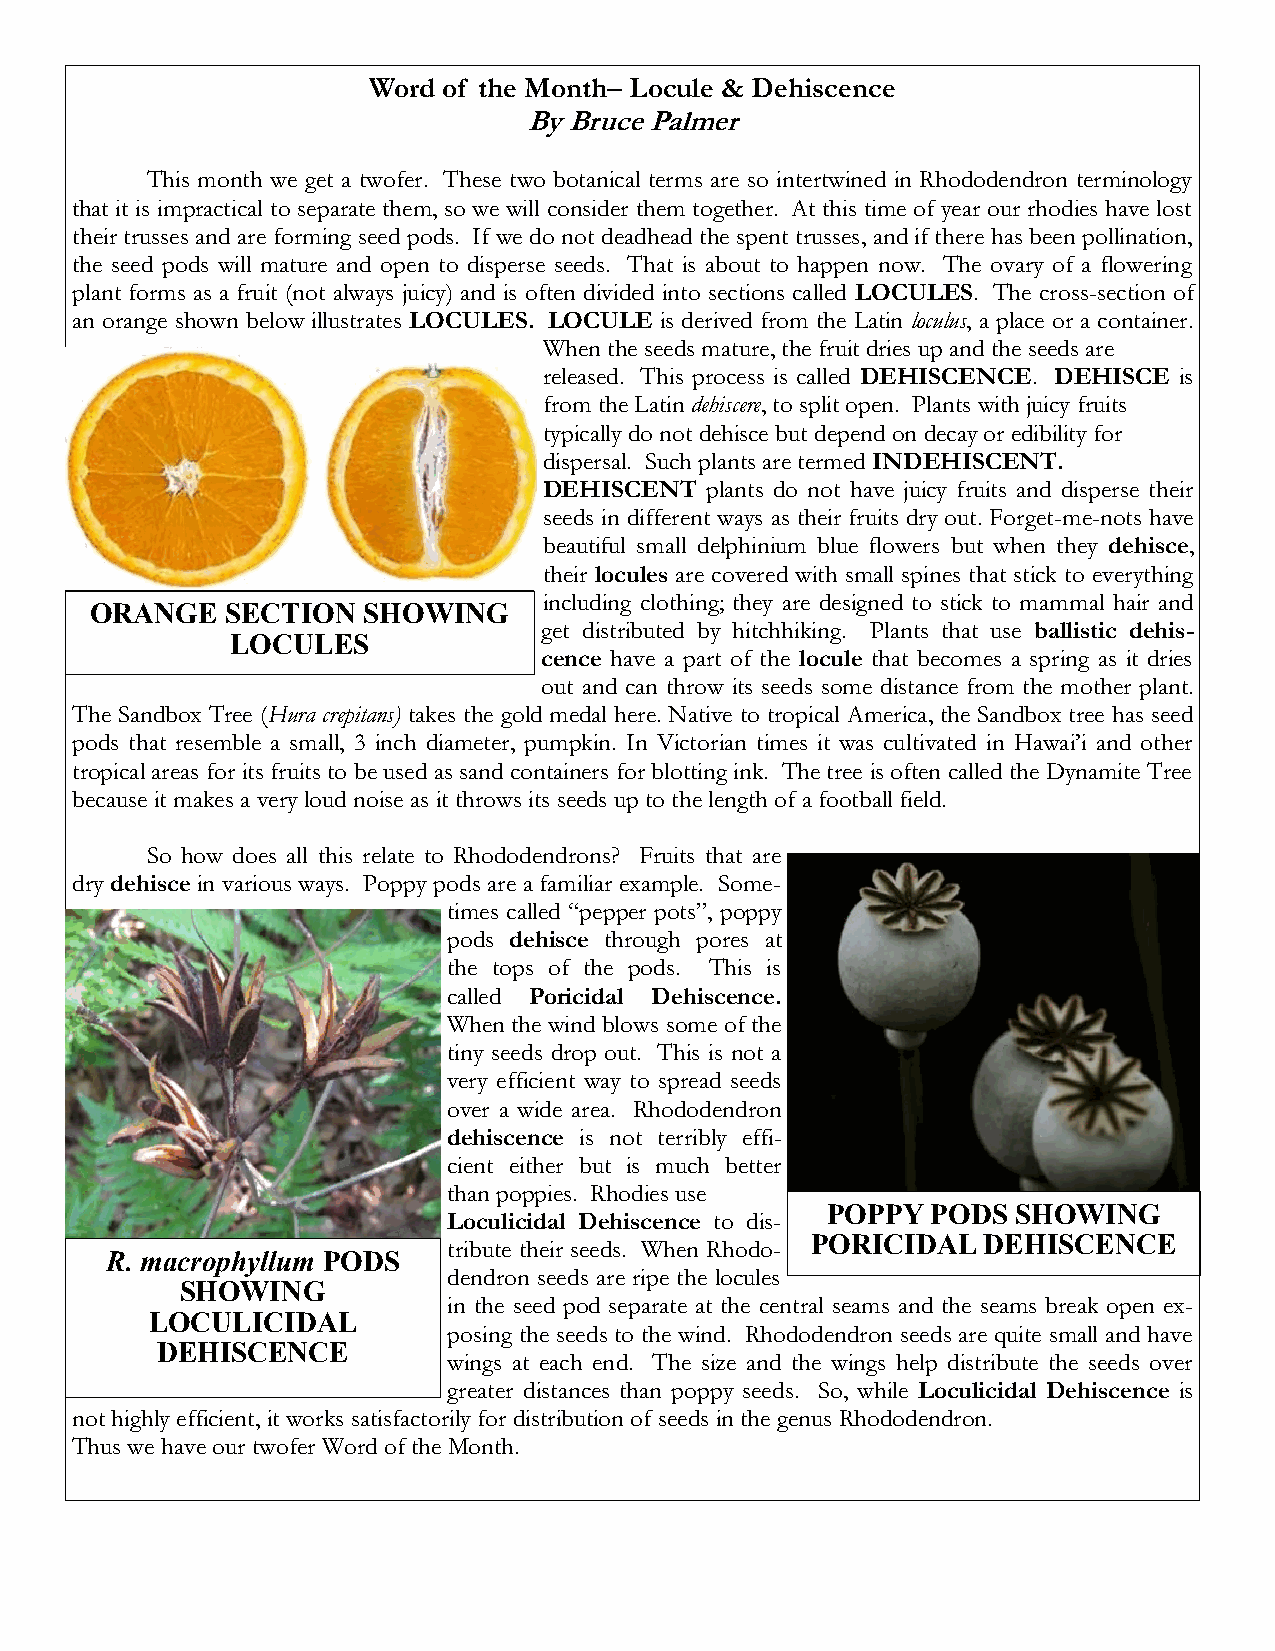
Word of the Month– Locule & Dehiscence
 By Bruce Palmer
 This month we get a twofer. These two botanical terms are so intertwined in Rhododendron terminology
 that it is impractical to separate them, so we will consider them together. At this time of year our rhodies have lost
 their trusses and are forming seed pods. If we do not deadhead the spent trusses, and if there has been pollination,
 the seed pods will mature and open to disperse seeds. That is about to happen now. The ovary of a flowering
 plant forms as a fruit (not always juicy) and is often divided into sections called LOCULES. The cross-section of
 an orange shown below illustrates LOCULES. LOCULE is derived from the Latin loculus, a place or a container.
 When the seeds mature, the fruit dries up and the seeds are
 released. This process is called DEHISCENCE. DEHISCE is
 from the Latin dehiscere, to split open. Plants with juicy fruits
 typically do not dehisce but depend on decay or edibility for
 dispersal. Such plants are termed INDEHISCENT.
 DEHISCENT  plants do not have juicy fruits and disperse their
 seeds in different ways as their fruits dry out. Forget-me-nots have
 beautiful small delphinium blue flowers but when they dehisce,
 their locules are covered with small spines that stick to everything
 including clothing; they are designed to stick to mammal hair and
 ORANGE   SECTION  SHOWING
 get distributed by hitchhiking. Plants that use ballistic dehis-
 LOCULES
 cence have a part of the locule that becomes a spring as it dries
 out and can throw its seeds some distance from the mother plant.
 The Sandbox Tree (Hura crepitans) takes the gold medal here. Native to tropical America, the Sandbox tree has seed
 pods that resemble a small, 3 inch diameter, pumpkin. In Victorian times it was cultivated in Hawai’i and other
 tropical areas for its fruits to be used as sand containers for blotting ink. The tree is often called the Dynamite Tree
 because it makes a very loud noise as it throws its seeds up to the length of a football field.
 So how does all this relate to Rhododendrons? Fruits that are
 dry dehisce in various ways. Poppy pods are a familiar example. Some-
 times called “pepper pots”, poppy
 pods dehisce through pores at
 the tops of the pods. This is
 called Poricidal Dehiscence.
 When the wind blows some of the
 tiny seeds drop out. This is not a
 very efficient way to spread seeds
 over a wide area. Rhododendron
 dehiscence is not terribly effi-
 cient either but is much better
 than poppies. Rhodies use
 POPPY  PODS SHOWING
 Loculicidal Dehiscence to dis-
 PORICIDAL  DEHISCENCE
 tribute their seeds. When Rhodo-
 R. macrophyllum PODS
 dendron seeds are ripe the locules
 SHOWING
 in the seed pod separate at the central seams and the seams break open ex-
 LOCULICIDAL
 posing the seeds to the wind. Rhododendron seeds are quite small and have
 DEHISCENCE
 wings at each end. The size and the wings help distribute the seeds over
 greater distances than poppy seeds. So, while Loculicidal Dehiscence is
 not highly efficient, it works satisfactorily for distribution of seeds in the genus Rhododendron.
 Thus we have our twofer Word of the Month.